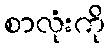
စာလုံးကို